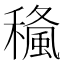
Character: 𥢓